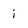
Character: i